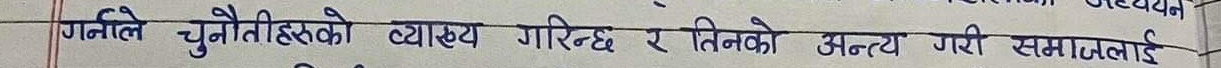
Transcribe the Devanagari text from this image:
गनाले चुनौतीहरुको व्याख्या गरिन्छ र तिनको अध्ययन गरी समाजलाई